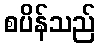
စပိန်သည်